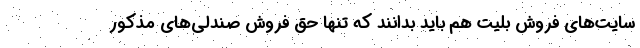
سایت‌های فروش بلیت هم باید بدانند که تنها حق فروش صندلی‌های مذکور